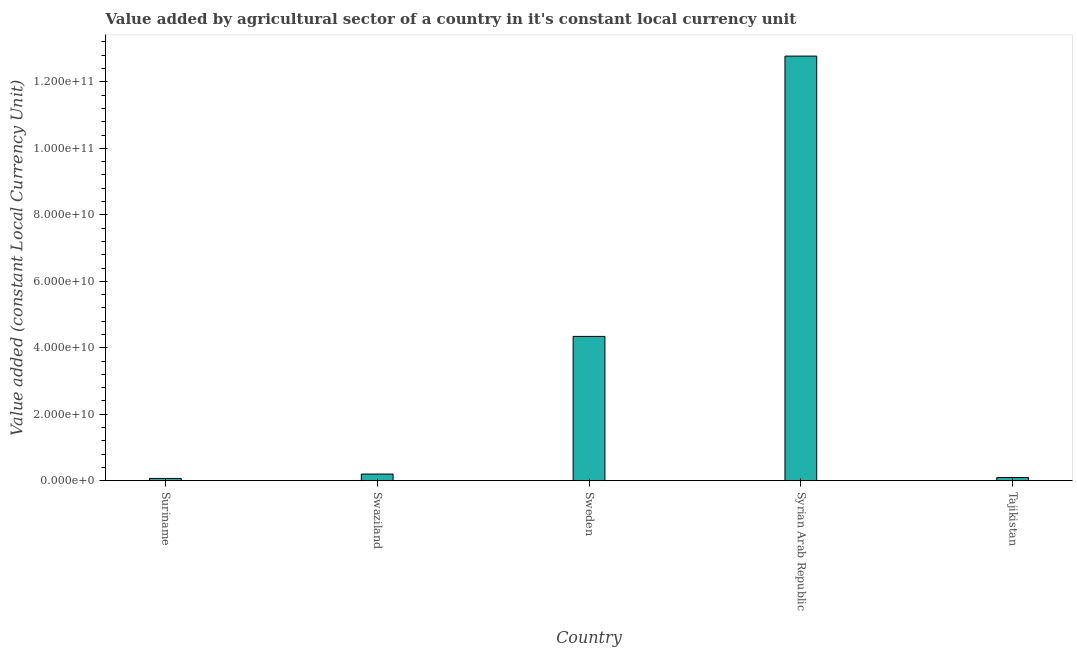
| Country | Agriculture |
 | --- | --- |
 | Suriname | 7.03e+08 |
 | Swaziland | 2.03e+09 |
 | Sweden | 4.34e+10 |
 | Syrian Arab Republic | 1.28e+11 |
 | Tajikistan | 9.78e+08 |